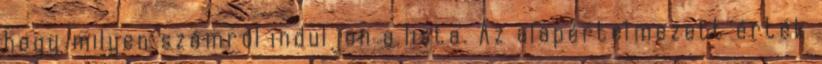
hogy milyen számról induljon a lista. Az alapértelmezett érték